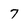
Character: 7